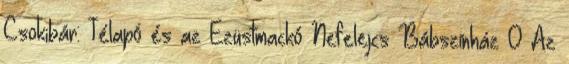
Csokibár: Télapó és az Ezüstmackó Nefelejcs Bábszínház 0 Az